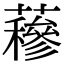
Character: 𧂅